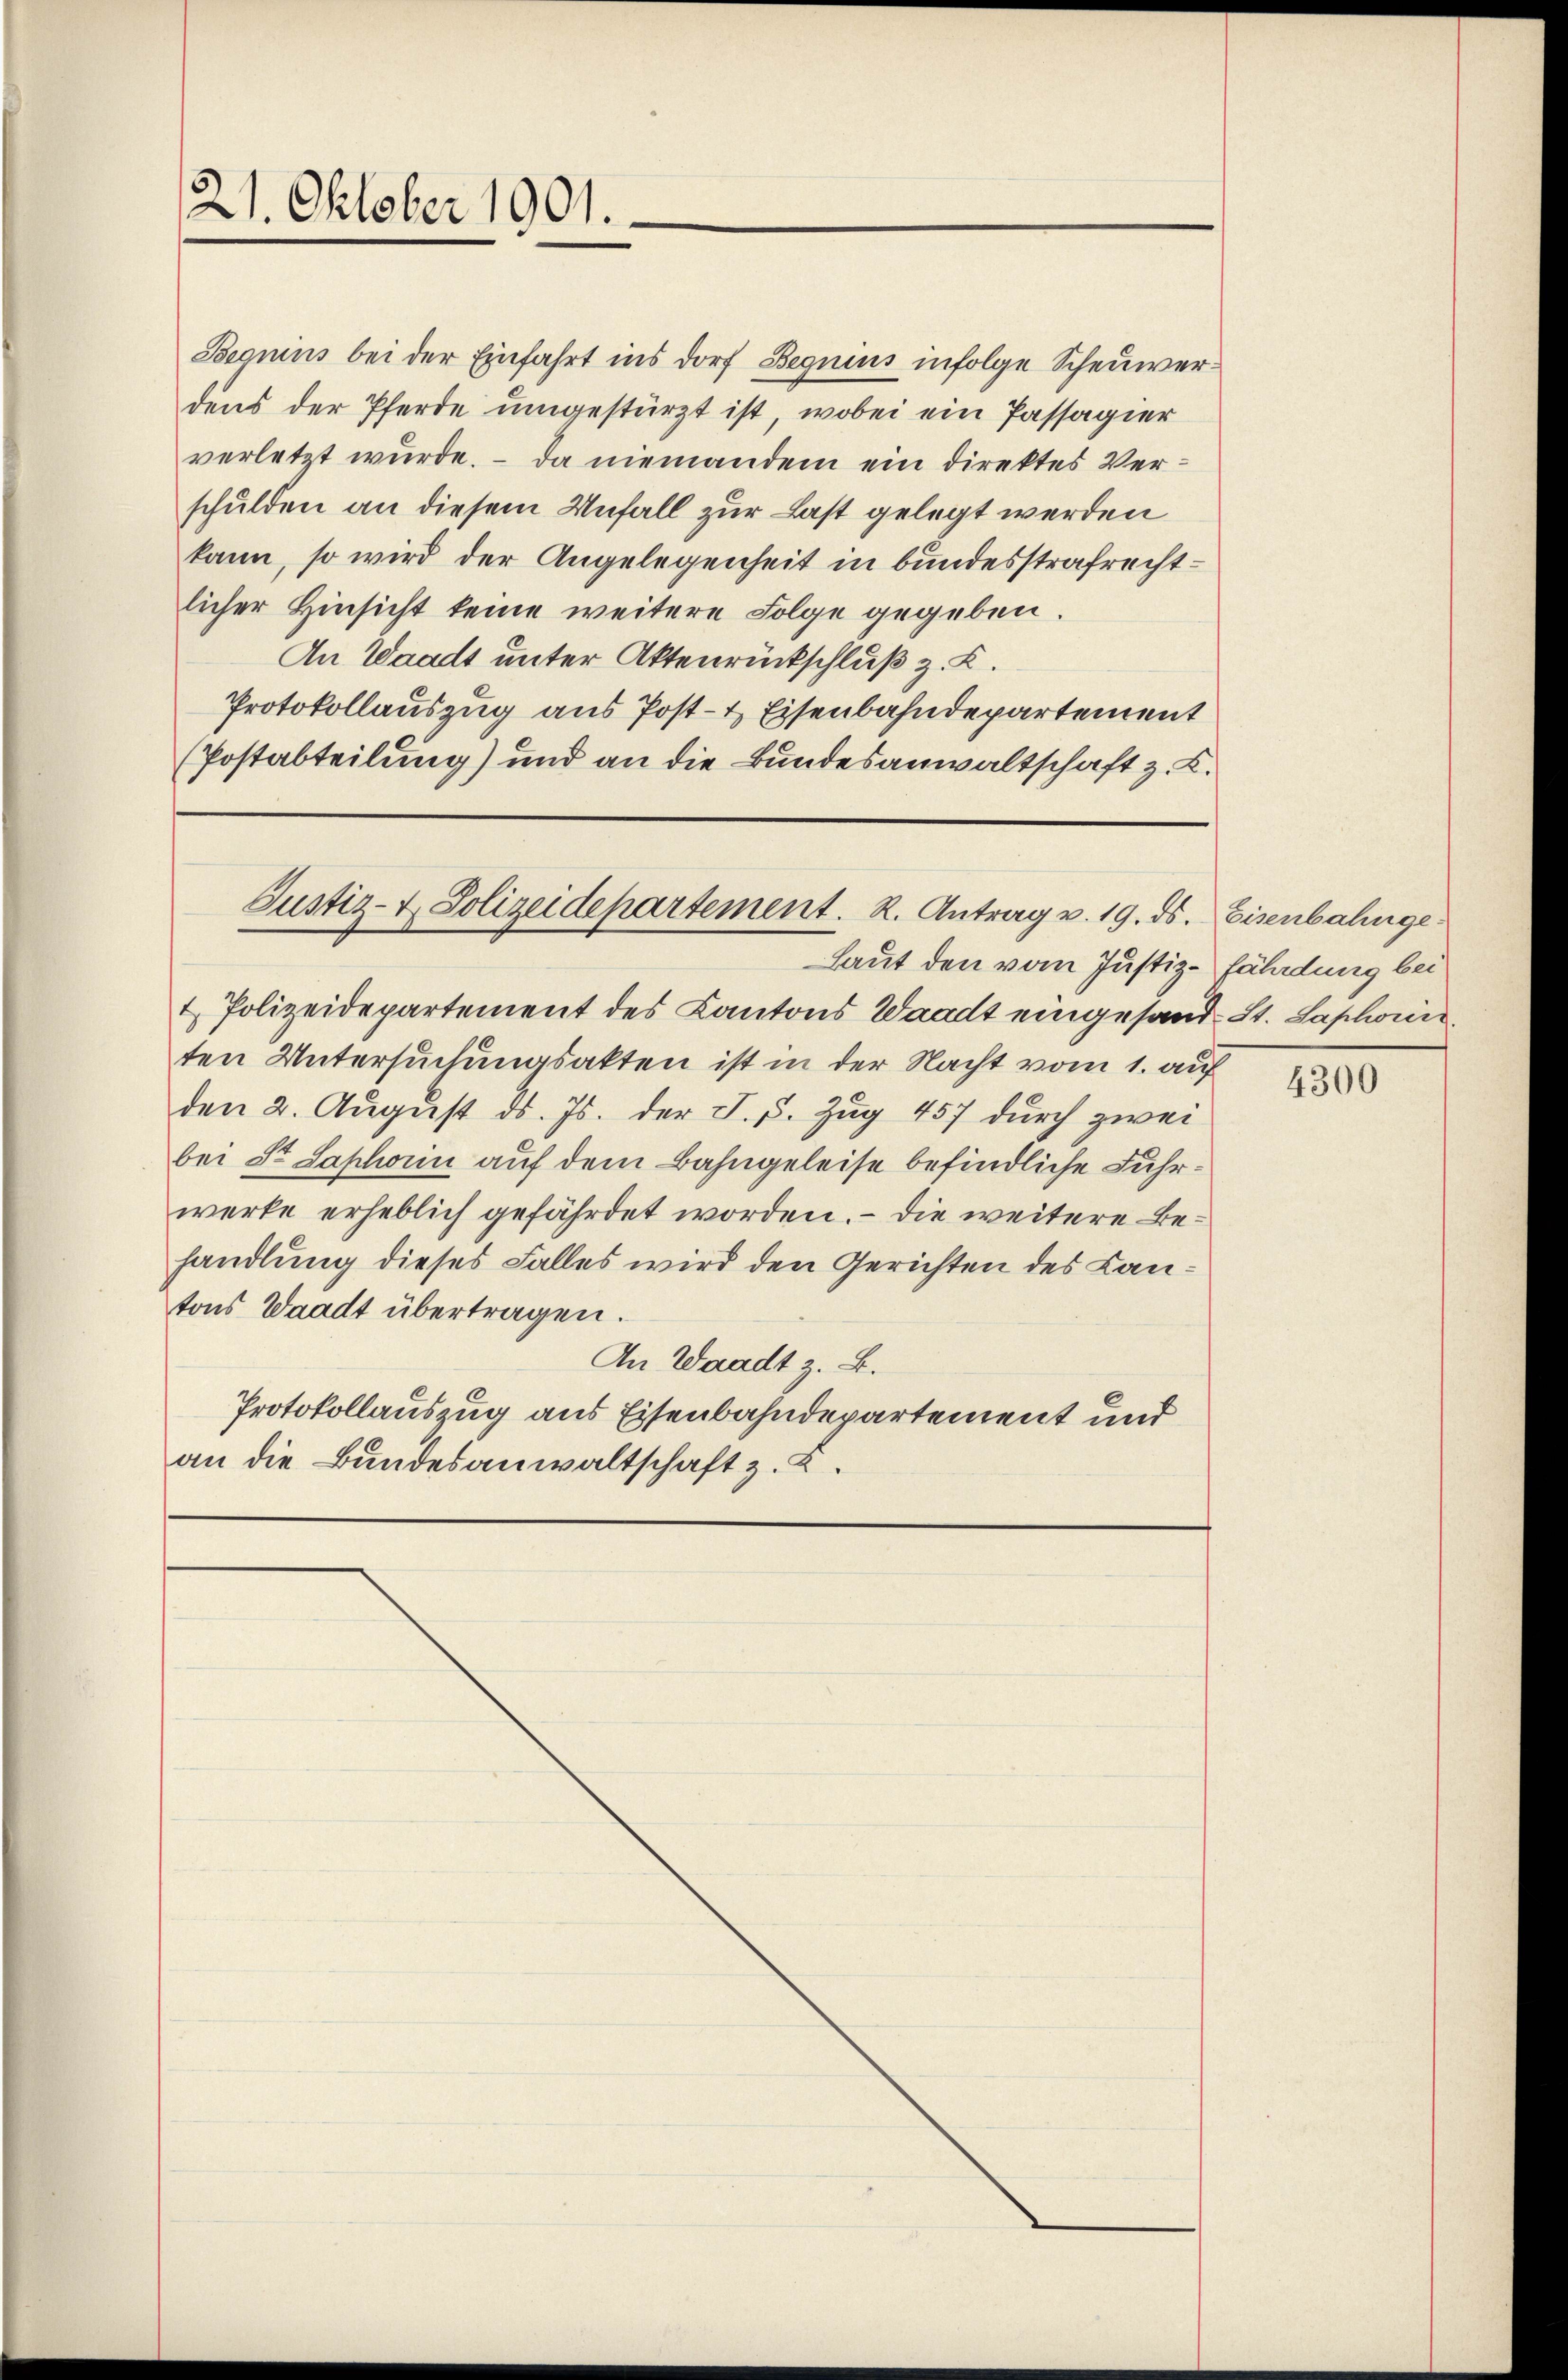
Begnius bei der Einfahrt ins Dorf Begnius infolge Scheuerdens der Pferde umgestürzt ist, wobei ein Passagier
verletzt wurde. – Da niemandem ein direktes Verschulden an diesem Unfall zur Last gelegt werden
kann, so wird der Angelegenheit in bundesstrafrechtlicher Hinsicht keine weitere Folge gegeben.
An Waadt unter Aktenrückschluß z. K.
Protokollauszug aus Post- & Eisenbahndepartement
(Postabteilung) und an die Bundesanwaltschaft z. B.

Laut den vom Justiz-fährdung bei
& Polizeidepartement des Kantons Waadt eingesand- St. Saphonis
ten Untersuchungsakten ist in der Nacht vom 1. auf
den 2. August ds. Js. der J. 5. Zug 457 durch zwei
bei St. Saphorn auf dem Bahngeleise befindliche Fuhrwerke erheblich gefährdet worden. — Die weitere Behandlung dieses Falles wird den Gerichten des Kantons Waadt übertragen.
An Waadt z. B.
Protokollauszug aus Eisenbahndepartement und
an die Bundesanwaltschaft z. L.

21. Oktober 1901.

Justiz- & Polizeidepartement. R. Antrag v. 19. ds. Eisenbahnge¬

4300